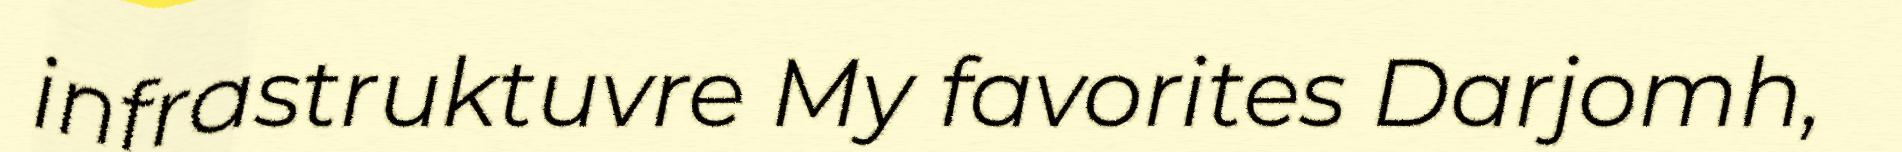
infrastruktuvre My favorites Darjomh,